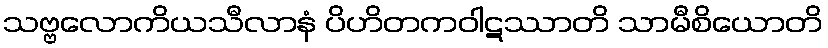
သဗ္ဗလောကိယသီလာနံ ပိဟိတကဝါဋဿာတိ သာမီစိယောတိ